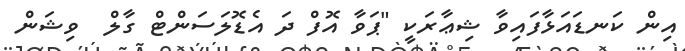
އިން ކަނޑައަޅާފައިވާ ޝިޢާރަކީ "ޕަވާ އޮފް ދަ އެޑޮލަސަންޓް ގާލް  ވިޝަން